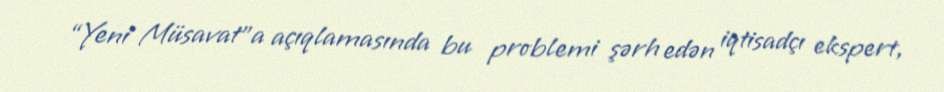
“Yeni Müsavat”a açıqlamasında bu problemi şərh edən iqtisadçı ekspert,